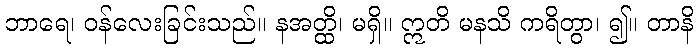
ဘာရေ၊ ဝန်လေးခြင်းသည်။ နအတ္ထိ၊ မရှိ။ ဣတိ မနသိ ကရိတွာ၊ ၍။ တာနိ